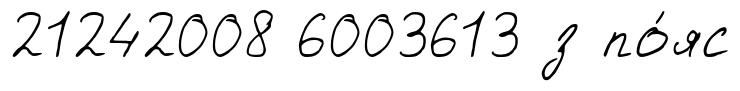
21242008 6003613 з по́яс